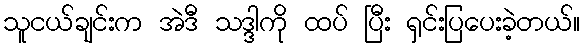
သူငယ်ချင်းက အဲဒီ သဒ္ဒါကို ထပ် ပြီး ရှင်းပြပေးခဲ့တယ်။